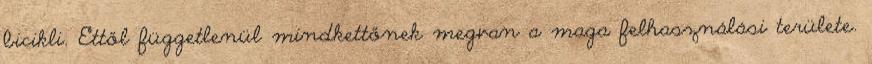
bicikli. Ettől függetlenül mindkettőnek megvan a maga felhasználási területe.